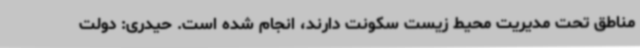
مناطق تحت مدیریت محیط زیست سکونت دارند، انجام شده است. حیدری: دولت